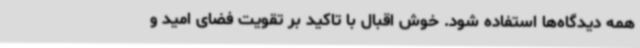
همه دیدگاه‌ها استفاده شود. خوش اقبال با تاکید بر تقویت فضای امید و